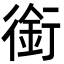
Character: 銜